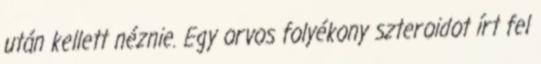
után kellett néznie. Egy orvos folyékony szteroidot írt fel